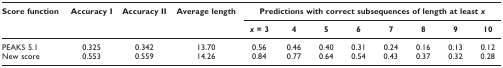
<table><thead><tr><td><b>Score function</b></td><td><b>Accuracy I</b></td><td><b>Accuracy II</b></td><td><b>Average length</b></td><td colspan="8"><b>Predictions with correct subsequences of length at least <i>x</i></b></td></tr><tr><td></td><td></td><td></td><td></td><td><b><i>x </i>= 3</b></td><td><b>4</b></td><td><b>5</b></td><td><b>6</b></td><td><b>7</b></td><td><b>8</b></td><td><b>9</b></td><td><b>10</b></td></tr></thead><tbody><tr><td>PEAKS 5.1</td><td>0.325</td><td>0.342</td><td>13.70</td><td>0.56</td><td>0.46</td><td>0.40</td><td>0.31</td><td>0.24</td><td>0.16</td><td>0.13</td><td>0.12</td></tr><tr><td>New score</td><td>0.553</td><td>0.559</td><td>14.26</td><td>0.84</td><td>0.77</td><td>0.64</td><td>0.54</td><td>0.43</td><td>0.37</td><td>0.32</td><td>0.28</td></tr></tbody></table>